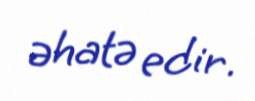
əhatə edir.